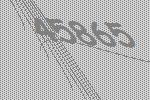
45865